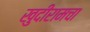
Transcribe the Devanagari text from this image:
खुदीरामचा